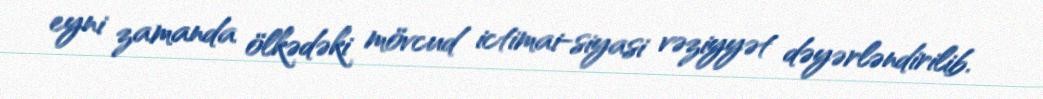
eyni zamanda ölkədəki mövcud ictimai-siyasi vəziyyət dəyərləndirilib.